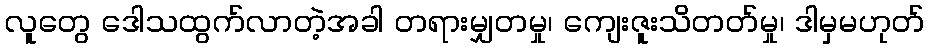
လူတွေ ဒေါသထွက်လာတဲ့အခါ တရားမျှတမှု၊ ကျေးဇူးသိတတ်မှု၊ ဒါမှမဟုတ်